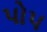
પો૫